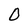
Character: O